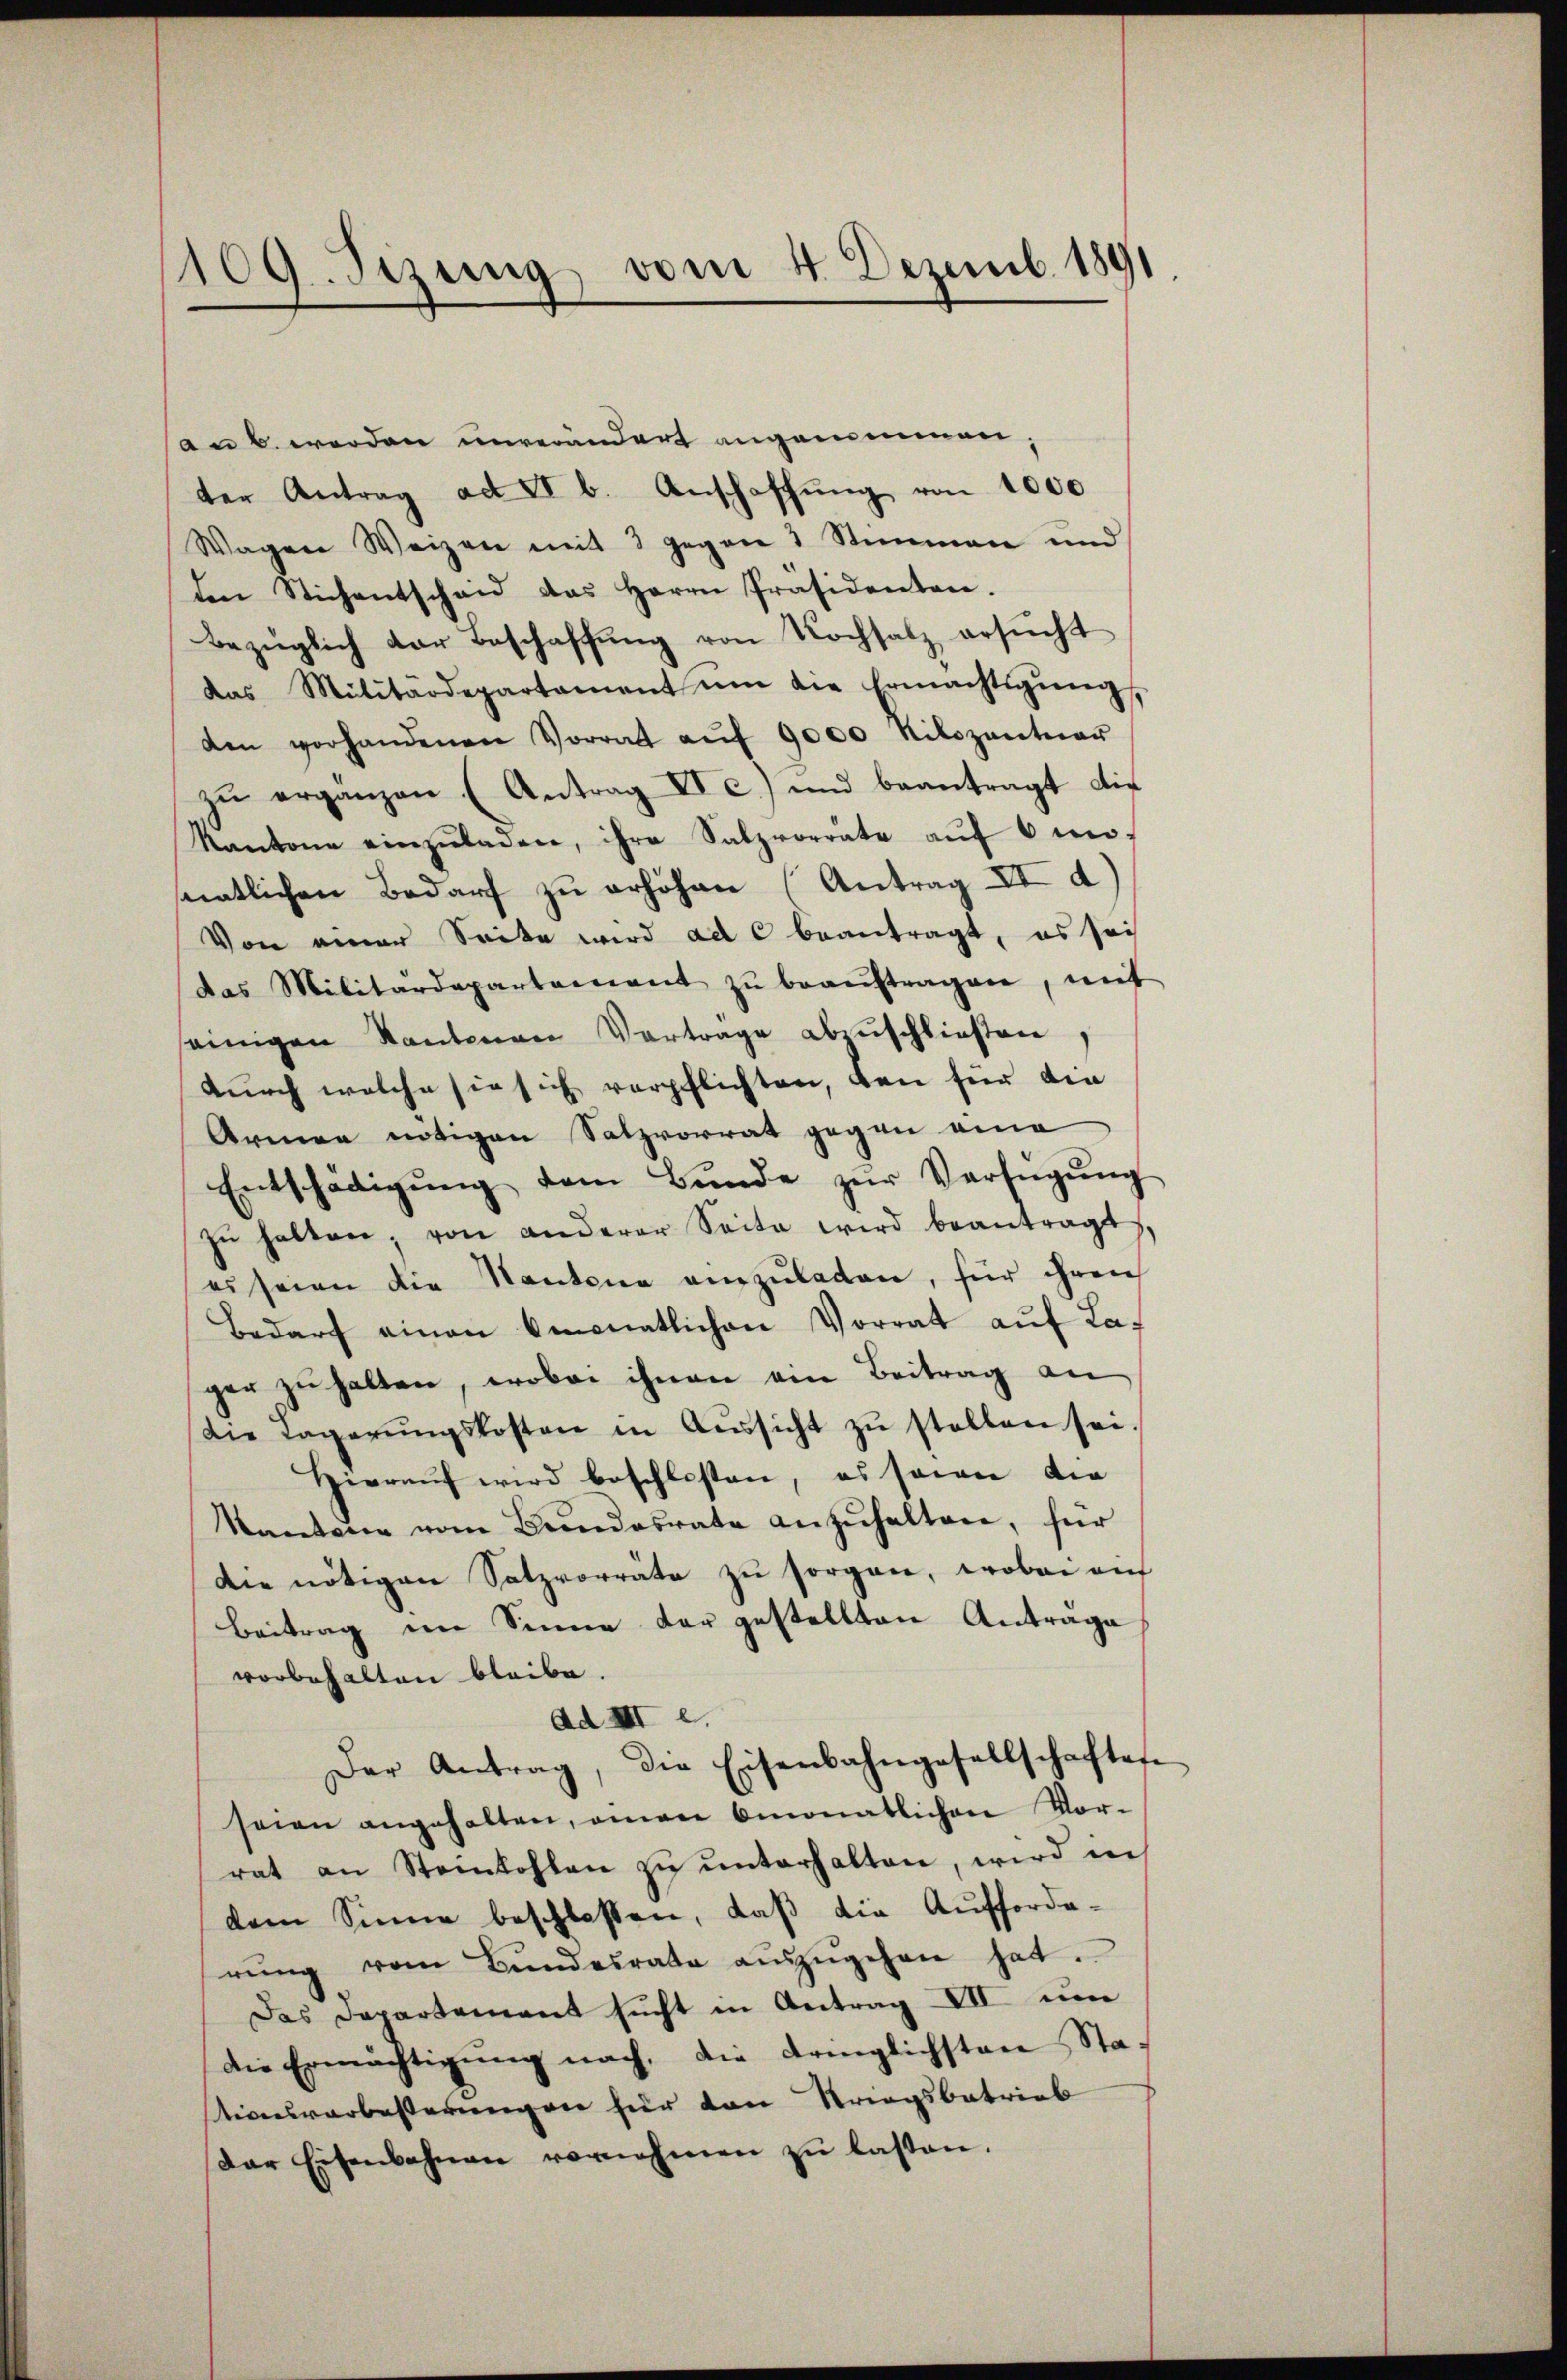
1109. Sizung vom 4. Dezemb. 1891

an 6. werden unverändert angenommen;
ter Antrag ad II b. Anschaffŭng von 1000
Wagen Weizen mit 3 gegen 1 Stimmen und
den Stichentscheid das Herrn Präsidenten.
Bezüglich der Beschaffŭng von Nochsatz ersŭcht
das Militärdepartament ŭm die Ermächtigŭng,
den vorhandenen Vorrat aŭf 9000 Kilozantier
zu erganzen (Antrag IV c.) und beantragt die
Kantone einzŭladen, ihre Salzvorrate aŭf 6 mo-
natlichen Bedarf zu erhöhen (Antrag II d
Von einer Seite wird ad C beantragt, es sei
das Militärdepartament zŭ beaŭftragen, mit
einigen Kantonen Vortrage abzuschließen
durch welche sie sich verpflichten, den für die
Armen nötigen Salzvorrat gegen eine
Entschädigŭng dem Bŭnde zŭr Verfügŭng
zŭ halten, von anderer Seite wird beantragt,
es seien die Kantone einzŭladen, für ihren
Bedarf einen Amonatlichen Vorrat aŭf La-
ger zu halten, wobei ihnen ein Beitrag an
Die Lagerŭngskosten in Aŭssicht zŭ stellen sei.
Hieraŭf wird beschlossen, es sein die
kantone vom Bundesrate anzŭhalten, für
Die nötigen Satzvorräte zu sorgen, wobei dies
Beitrag im Sinne der gestellten Anträge
vorbehalten bleibe.
Ad III e.
Der Antrag, die Eisenbahngesellschaftes
seien angehalten, amen monatlichen Vor-
rat an Steinkohlen zŭ ŭnterhalten, wird in
dem Sinne beschlossen, daß die Aufforderŭng vom Bŭndesrate aŭszŭgehen hat.
Das Departement sucht in Antrag III um
die Ermächtigŭng nach, die dringlichsten Sta-
tionsverbesserungen hier von Striegsbetrieb
der Eisenbahnen vornehmen zŭ lassen.